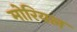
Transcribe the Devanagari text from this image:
मोरियल